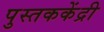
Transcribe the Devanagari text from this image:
पुस्तककेंद्री